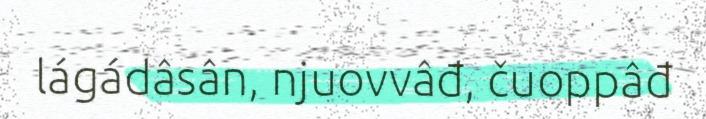
lágádâsân, njuovvâđ, čuoppâđ